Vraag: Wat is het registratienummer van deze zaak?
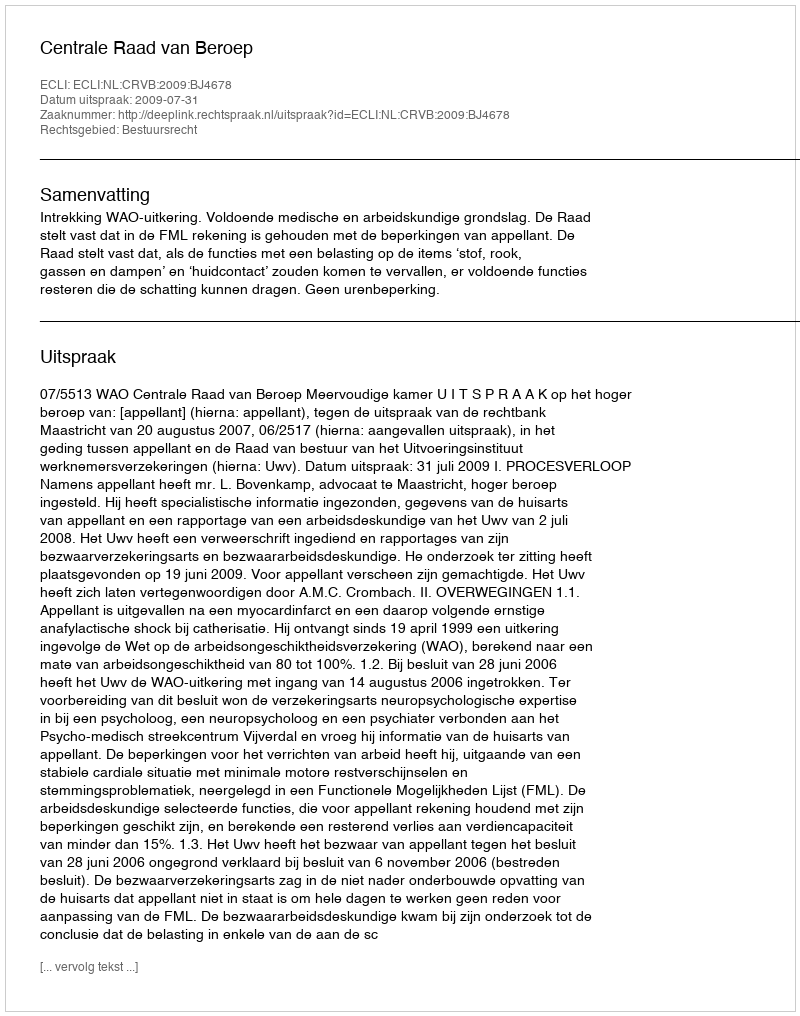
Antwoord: http://deeplink.rechtspraak.nl/uitspraak?id=ECLI:NL:CRVB:2009:BJ4678